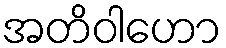
အတိဝါဟော